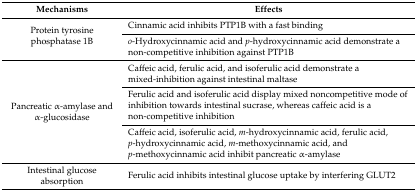
<table><thead><tr><td><b>Mechanisms</b></td><td><b>Effects</b></td></tr></thead><tbody><tr><td rowspan="2">Protein tyrosine phosphatase 1B</td><td>Cinnamic acid inhibits PTP1B with a fast binding</td></tr><tr><td><i>o</i>-Hydroxycinnamic acid and <i>p</i>-hydroxycinnamic acid demonstrate a non-competitive inhibition against PTP1B</td></tr><tr><td rowspan="3">Pancreatic α-amylase and α-glucosidase</td><td>Caffeic acid, ferulic acid, and isoferulic acid demonstrate a mixed-inhibition against intestinal maltase</td></tr><tr><td>Ferulic acid and isoferulic acid display mixed noncompetitive mode of inhibition towards intestinal sucrase, whereas caffeic acid is a non-competitive inhibition</td></tr><tr><td>Caffeic acid, isoferulic acid, <i>m</i>-hydroxycinnamic acid, ferulic acid, <i>p</i>-hydroxycinnamic acid, <i>m</i>-methoxycinnamic acid, and <i>p</i>-methoxycinnamic acid inhibit pancreatic α-amylase</td></tr><tr><td>Intestinal glucose absorption</td><td>Ferulic acid inhibits intestinal glucose uptake by interfering GLUT2</td></tr></tbody></table>